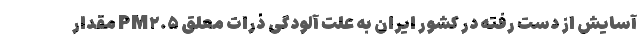
آسایش از دست رفته در کشور ایران به علت آلودگی ذرات معلق PM۲.۵ مقدار